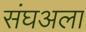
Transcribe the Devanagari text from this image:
संघअला